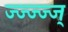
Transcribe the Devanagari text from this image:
ज्ज्ज्ज्ज्